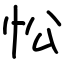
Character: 忪